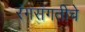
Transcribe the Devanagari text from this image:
रंगसंगतीचे